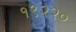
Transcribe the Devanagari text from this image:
१९२२०